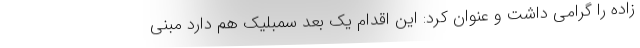
زاده را گرامی داشت و عنوان کرد: این اقدام یک بعد سمبلیک هم دارد مبنی